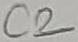
Text: C2